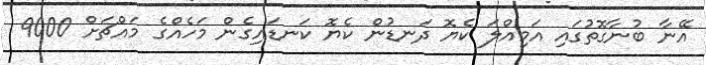
އޭނާ ބުނާގޮތުގައި އަމިއްލަ ކެޔޮ ދަނޑުން ކެޔޮ ކަނޑައިގެން މަހެއްގެ މައްޗަށް 9000